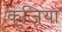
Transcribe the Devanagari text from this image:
कुंजिया